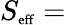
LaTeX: S_{\mathrm{\scriptsize{eff}}}=